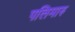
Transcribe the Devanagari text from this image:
पलिमारु